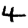
Digit: 4